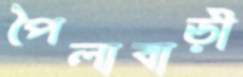
পৈলাবাড়ী